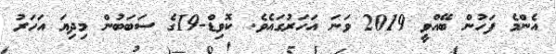
އެންމެ ފަހުން ބޭއްވީ 2019 ވަަނަ އަހަރުގައެވެ. ކޮވިޑް-19ގެ ސަބަބުން މިދިޔަ އަހަރު